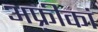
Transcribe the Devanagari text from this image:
अफ़्रीकां